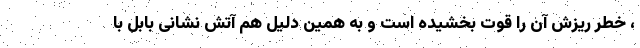
، خطر ریزش آن را قوت بخشیده است و به همین دلیل هم آتش نشانی بابل با